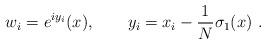
LaTeX: \begin{align*}w_i = e^{iy_i} (x) , \qquad y_i = x_i - \frac1N \sigma_1 (x) \ .\end{align*}